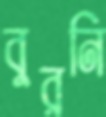
বুরনি